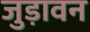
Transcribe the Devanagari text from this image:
जुड़ावन